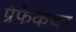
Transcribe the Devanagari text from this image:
प्रेफेकचर